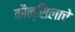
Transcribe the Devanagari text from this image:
कौन्सिलाचे